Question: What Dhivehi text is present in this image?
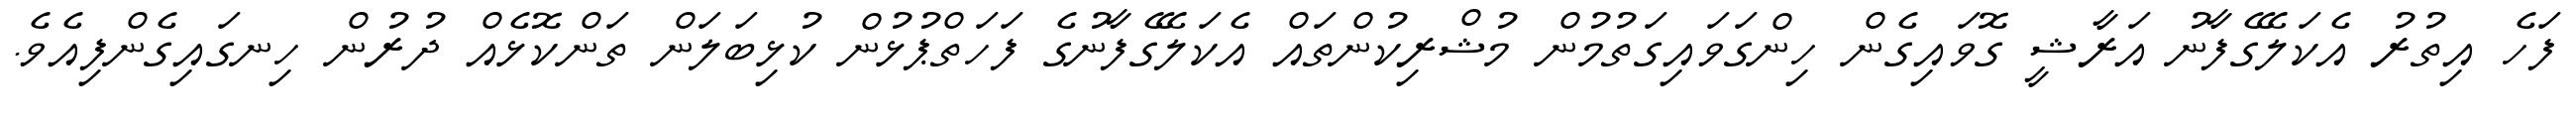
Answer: ފަހެ އިތުރު އެކަލޭގެފާނު އަރާޝީ ގޮވައިގެން ހިންގަވައިގަތުމުން މުޝްރިކުންތައް އެކަލޭގެފާނުގެ ފަހަތްޕުޅުން ކުޅިބަލަން ތަންކޮޅެއް ދުރުން ހިނގައިގެންފިއެވެ.